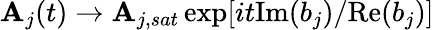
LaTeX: \mathbf{A}_{j}(t)\rightarrow\mathbf{A}_{j,sat}\exp[it\mathrm{{Im}}(b_{j})/\mathrm{{Re}}(b_{j})]